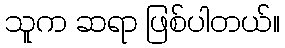
သူက ဆရာ ဖြစ်ပါတယ်။